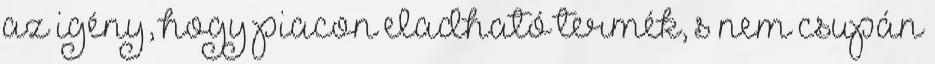
az igény, hogy piacon eladható termék, s nem csupán